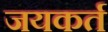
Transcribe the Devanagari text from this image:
जयकर्त